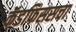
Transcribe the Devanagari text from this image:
कॅडफिससचा